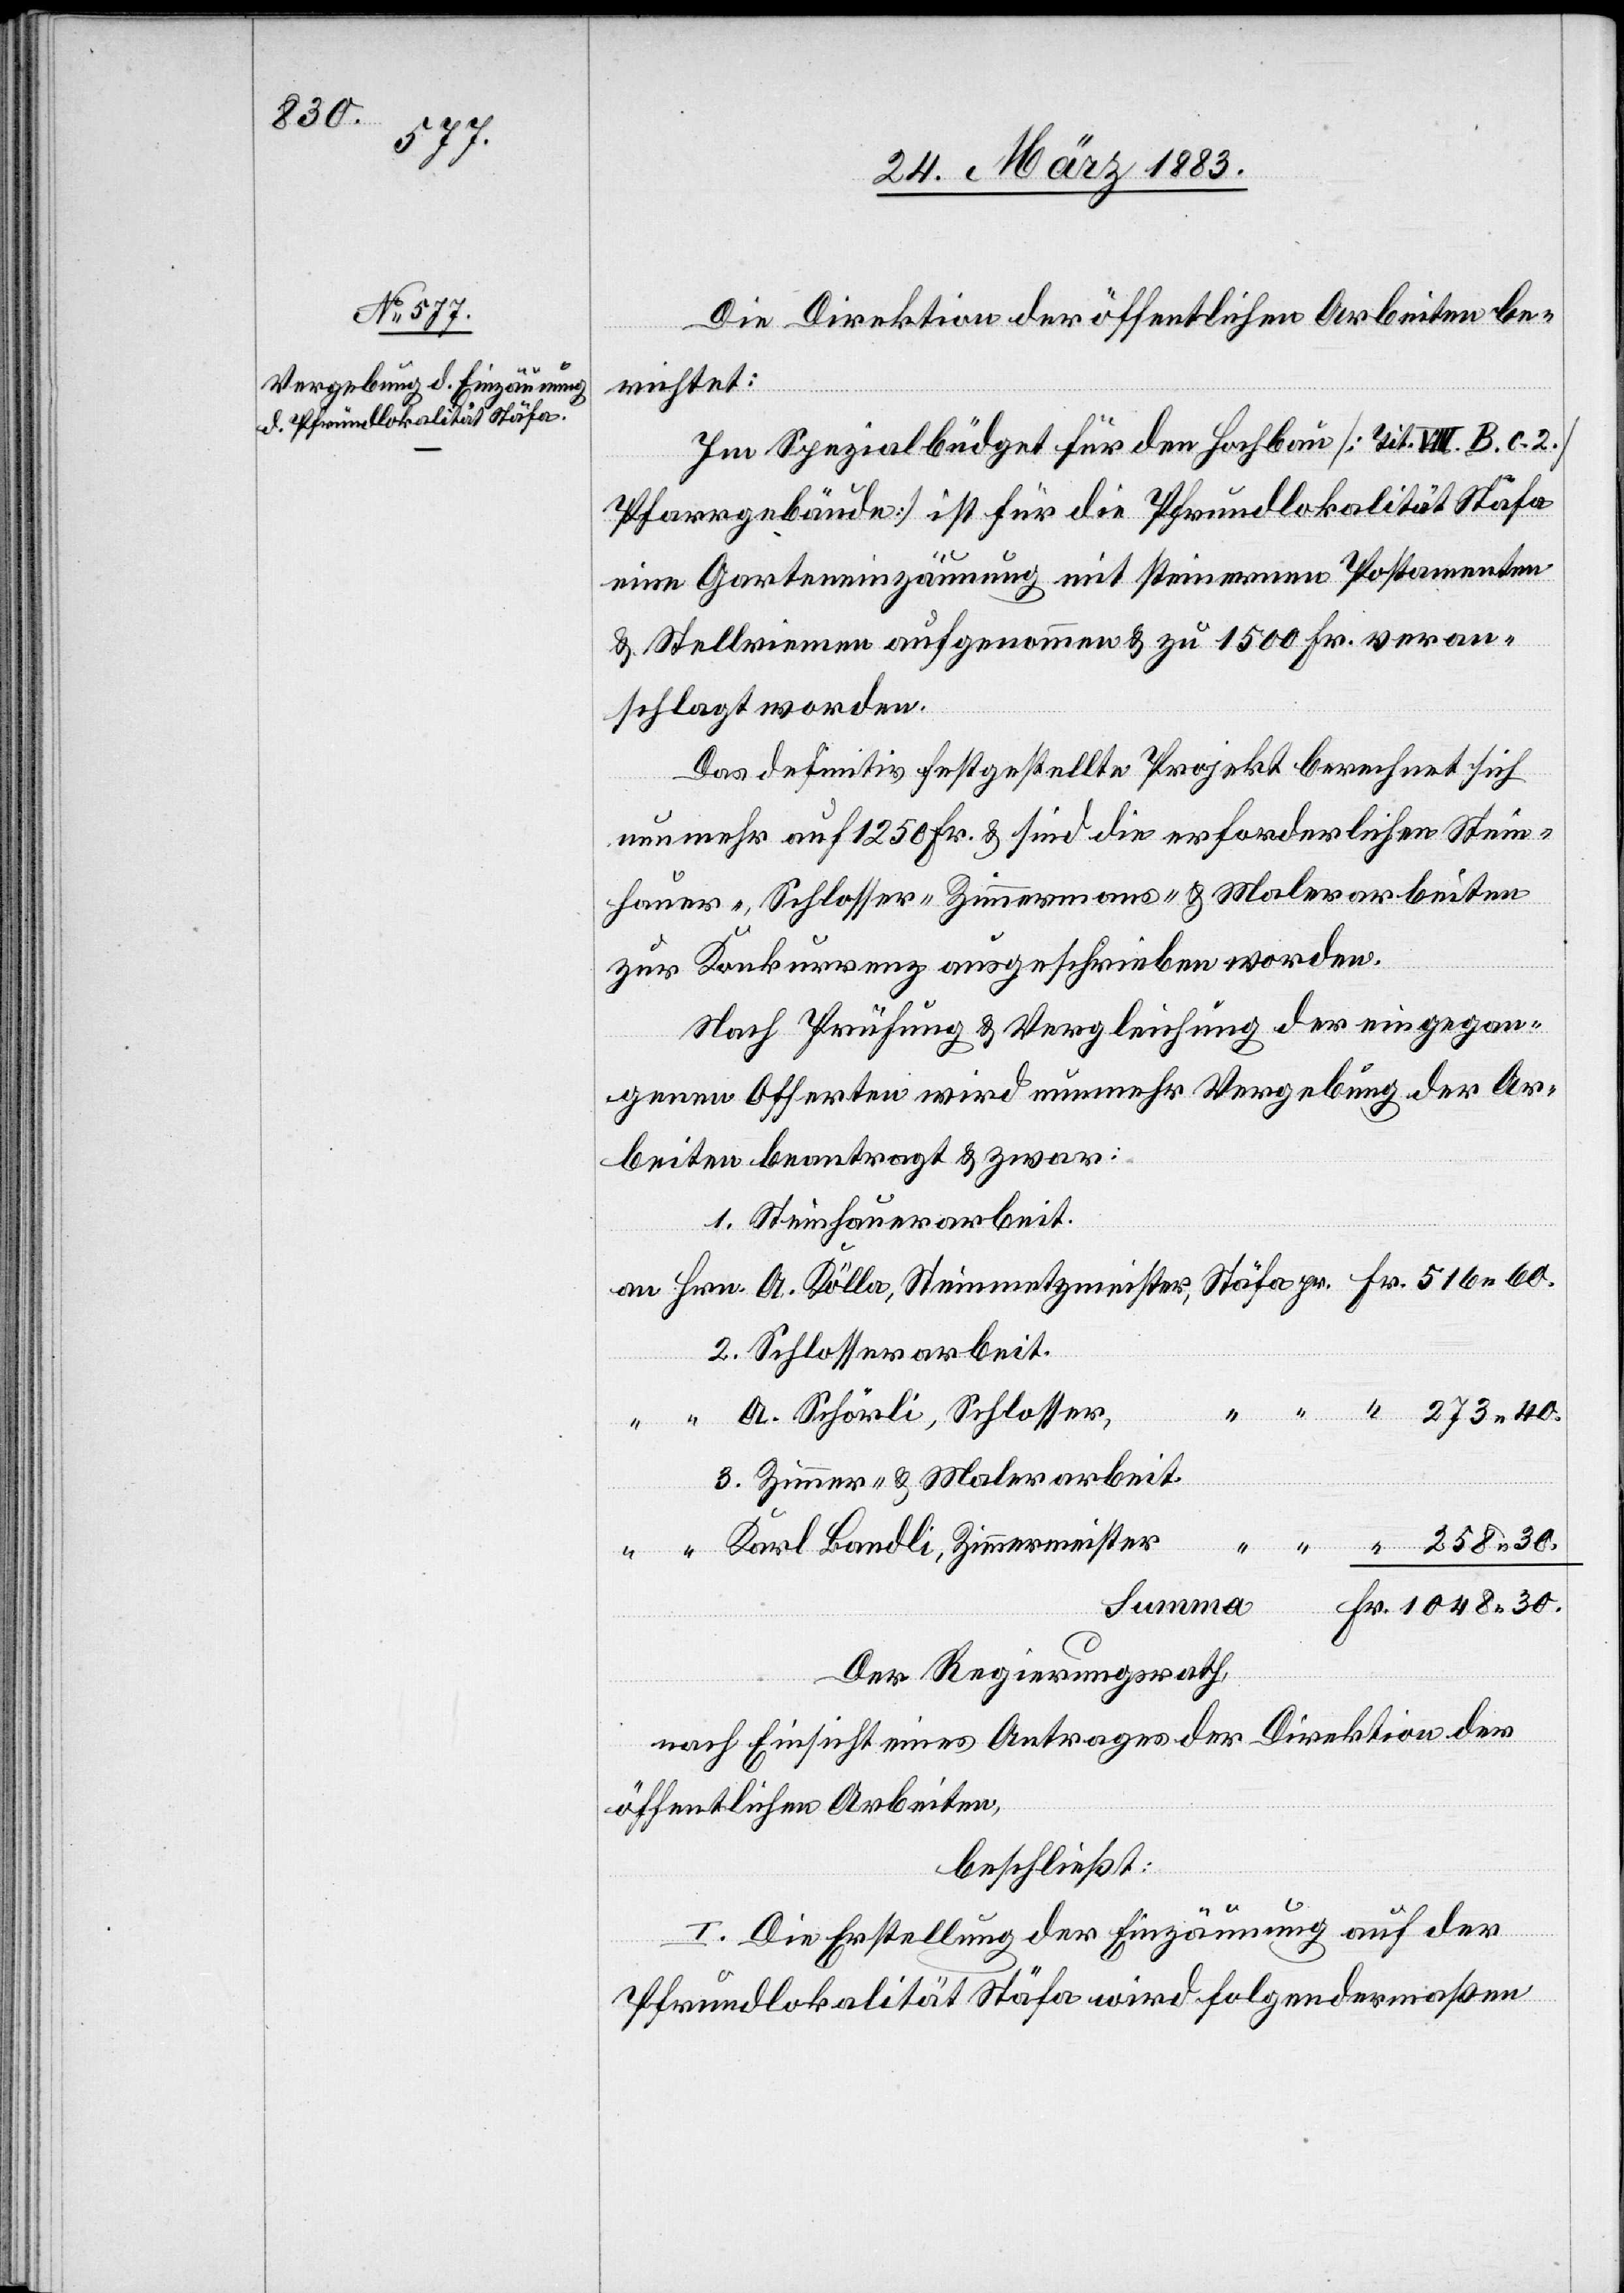
30.
pr.

Die Direktion der öffentlichen Arbeiten be¬
richtet:
Im Spezialbüdget für den Hochbau [Tit. VIII. B. c.
Pfarrgebäude] ist für die Pfrundlokalität Stäfa
eine Garteneinzäunung mit steinernen Postamenten
& Stellriemen aufgenommen & zu 1500 Fr. veran¬
schlagt worden.
Das definitiv festgestellte Projekt berechnet sich
nunmehr auf 1250 Fr. & sind die erforderlichen Stein¬
hauer-, Schlosser- Zimmermans- [sic!] & Malerarbeiten
zur Konkurrenz ausgeschrieben worden.
Nach Prüfung & Vergleichung der eingegan¬
genen Offerten wird nunmehr Vergebung der Ar¬
beiten beantragt & zwar:
1. Steinhauerarbeit.
Fr.
2. Schlosserarbeit.
A. Schörli, Schlosser,
3. Zimmer- & Malerarbeit.
Steinmetzmeister,
Karl Bandli, Zimmermeister
Summa
Der Regierungsrath,
nach Einsicht eines Antrages der Direktion der
öffentlichen Arbeiten,
beschließt:
I. Die Erstellung der Einzäunung auf der
Pfrundlokalität Stäfa wird folgendermaßen